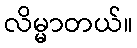
လိမ္မာတယ်။